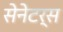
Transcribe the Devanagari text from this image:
सेनेटर्स